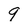
Character: 9